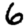
Digit: 6